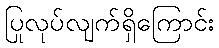
ပြုလုပ်လျက်ရှိကြောင်း